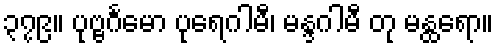
၃၇၉။ ပုဗ္ဗင်္ဂမော ပုရေဂါမီ၊ မန္ဒဂါမီ တု မန္ထရော။